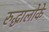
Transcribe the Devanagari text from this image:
रुद्धालोके